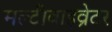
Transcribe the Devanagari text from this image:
मल्टीवाइव्रेटर